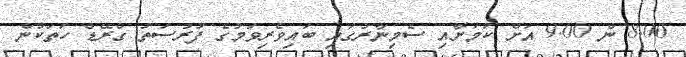
8.00 ން 9.00 އަށް ކަމަށާއި ސެމިނާރުގައި ބައިވެރިވުމުގެ ފުރުސަތު ގްރޭޑް ހަތަކުން